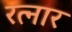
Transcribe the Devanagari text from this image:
रत्नार